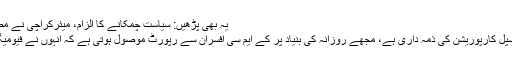
یہ بھی پڑھیں: سیاست چمکانے کا الزام، میئرکراچی نے مصطفیٰ کمال کو 24 گھنٹے میں ہی معطل کردیا
وزیراعلیٰ سندھ نے کہا کہ ’ یہ کام کراچی میونسپل کارپوریشن کی ذمہ داری ہے، مجھے روزانہ کی بنیاد پر کے ایم سی افسران سے رپورٹ موصول ہوتی ہے کہ انہوں نے فیومیگیشن کی ہے لیکن شاید اصل حالات مختلف ہیں‘۔